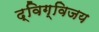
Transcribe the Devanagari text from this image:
द्विग्विजय